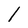
Character: l